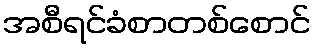
အစီရင်ခံစာတစ်စောင်